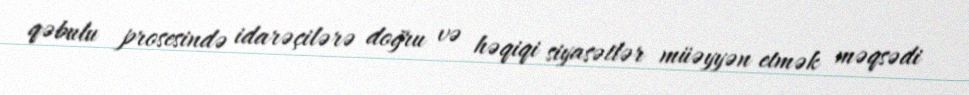
qəbulu prosesində idarəçilərə doğru və həqiqi siyasətlər müəyyən etmək məqsədi